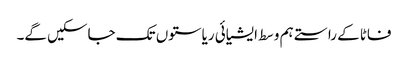
فاٹا کے راستے ہم وسط ایشیائی ریاستوں تک جاسکیں گے۔